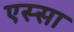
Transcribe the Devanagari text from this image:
एस्सा